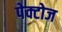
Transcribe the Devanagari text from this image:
पेक्टोज